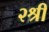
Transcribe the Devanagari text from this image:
२श्री